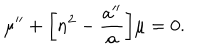
\mu ^ { \prime \prime } + \biggl [ n ^ { 2 } - \frac { a ^ { \prime \prime } } { a } \biggr ] \mu = 0 .